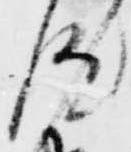
汰